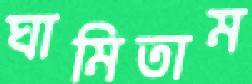
ঘামিতাম